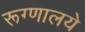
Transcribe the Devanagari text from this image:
रूग्णालये